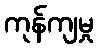
ကုန်ကျမှု